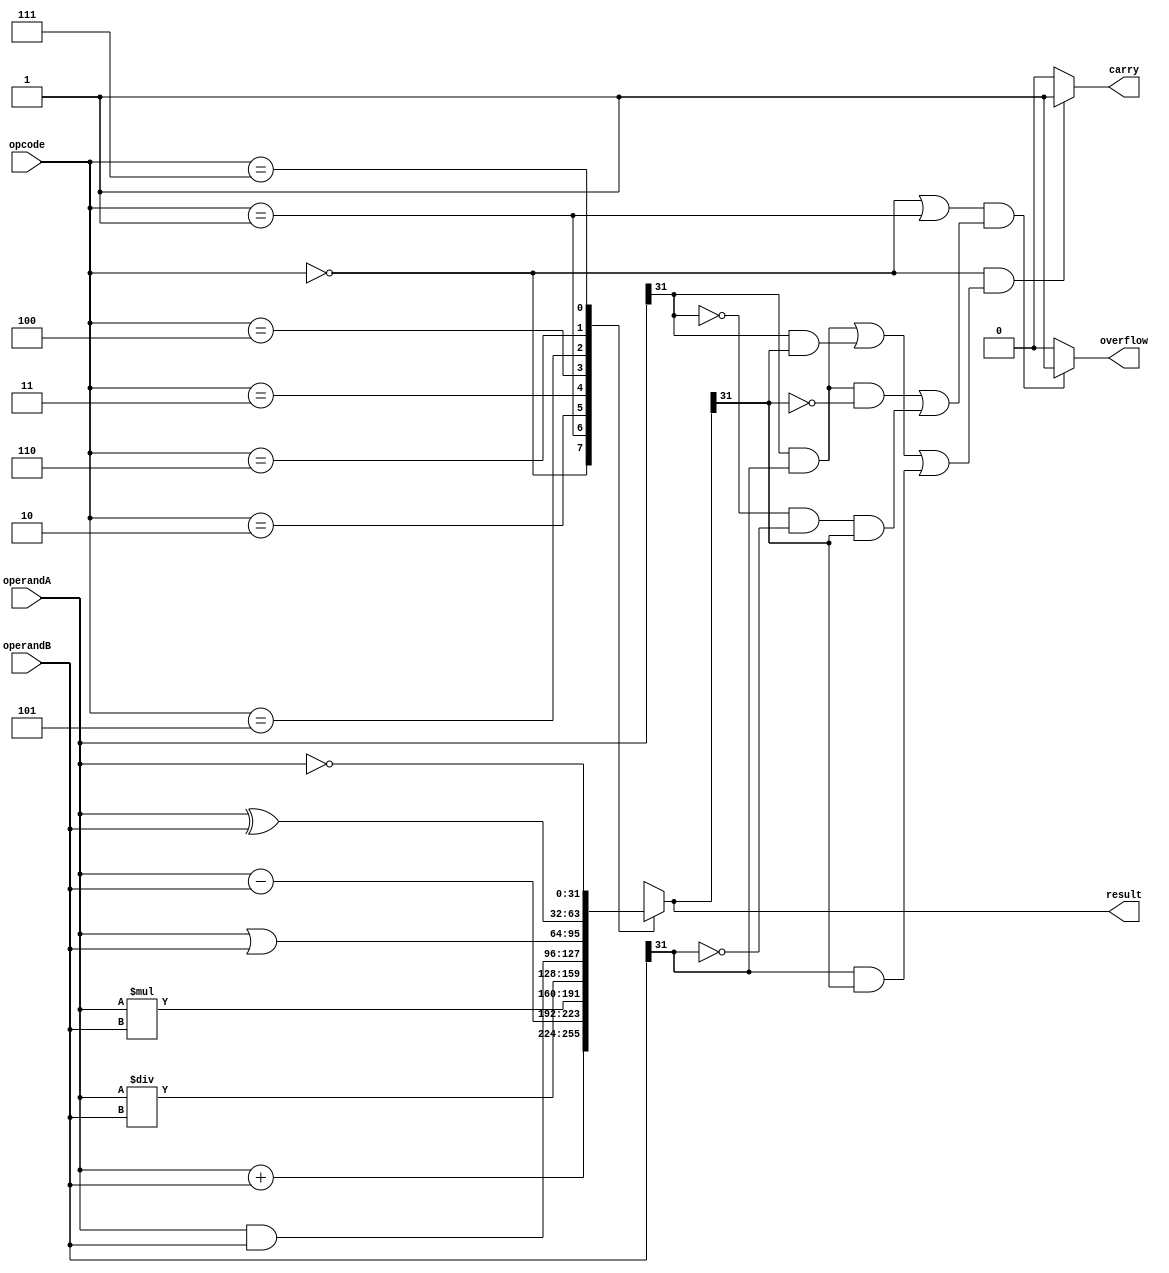
module ALU(
    input [31:0] operandA,
    input [31:0] operandB,
    input [2:0] opcode,
    output reg [31:0] result,
    output reg carry,
    output reg overflow
);

always @(*) begin
    case(opcode)
        3'b000: result = operandA + operandB; // Addition
        3'b001: result = operandA - operandB; // Subtraction
        3'b010: result = operandA * operandB; // Multiplication
        3'b011: result = operandA / operandB; // Division
        3'b100: result = operandA & operandB; // Bitwise AND
        3'b101: result = operandA | operandB; // Bitwise OR
        3'b110: result = operandA ^ operandB; // Bitwise XOR
        3'b111: result = ~operandA; // Bitwise NOT
        default: result = 32'b0; // Default case
    endcase
    // Check for overflow and carry conditions
    if((opcode == 3'b000 || opcode == 3'b001) && 
       ((operandA[31] & operandB[31] & ~result[31]) |
        (~operandA[31] & ~operandB[31] & result[31]))) begin
        overflow = 1;
    end
    else begin
        overflow = 0;
    end

    if(opcode == 3'b000 && 
       ((operandA[31] & operandB[31]) | 
        (operandA[31] & result[31]) | 
        (operandB[31] & result[31]))) begin
        carry = 1;
    end
    else begin
        carry = 0;
    end
end

endmodule